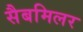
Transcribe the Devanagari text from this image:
सैबमिलर